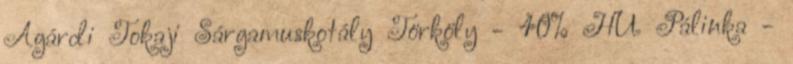
Agárdi Tokaji Sárgamuskotály Törköly - 40% HU Pálinka -